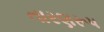
તારણરૂપ